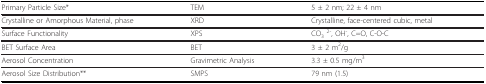
<table><thead><tr><td><b>Primary Particle Size*</b></td><td><b>TEM</b></td><td><b>5 ± 2 nm; 22 ± 4 nm</b></td></tr></thead><tbody><tr><td>Crystalline or Amorphous Material, phase</td><td>XRD</td><td>Crystalline, face-centered cubic, metal</td></tr><tr><td>Surface Functionality</td><td>XPS</td><td>CO<sub>3 </sub><sup>2-</sup>, OH<sup>-</sup>, C=O, C-O-C</td></tr><tr><td>BET Surface Area</td><td>BET</td><td>3 ± 2 m<sup>2</sup>/g</td></tr><tr><td>Aerosol Concentration</td><td>Gravimetric Analysis</td><td>3.3 ± 0.5 mg/m<sup>3</sup></td></tr><tr><td>Aerosol Size Distribution**</td><td>SMPS</td><td>79 nm (1.5)</td></tr></tbody></table>